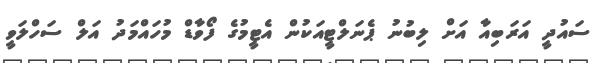
ސައުދީ އަރަބިއާ އަށް ލިބުނު ޕެނަލްޓީއަކުން އެޓީމުގެ ފޯވާޑް މުހައްމަދު އަލް ސަހްލަވީ